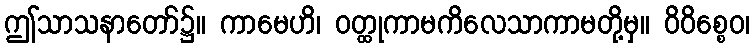
ဤသာသနာတော်၌။ ကာမေဟိ၊ ဝတ္ထုကာမကိလေသာကာမတို့မှ။ ဝိဝိစ္စေဝ၊